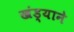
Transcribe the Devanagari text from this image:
खंड्याने